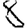
Digit: 8